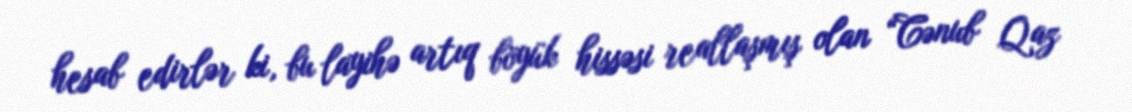
hesab edirlər ki, bu layihə artıq böyük hissəsi reallaşmış olan “Cənub Qaz